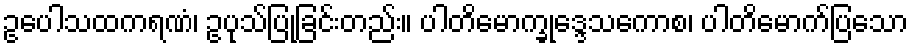
ဥပေါသထကရဏံ၊ ဥပုသ်ပြုခြင်းတည်း။ ပါတိမောက္ခုဒ္ဒေသကောစ၊ ပါတိမောက်ပြသော